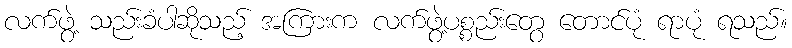
လက်ဖွဲ့ သည်းခံပါဆိုသည့် အကြားက လက်ဖွဲ့ပစ္စည်းတွေ တောင်ပုံ ရာပုံ ရသည်။